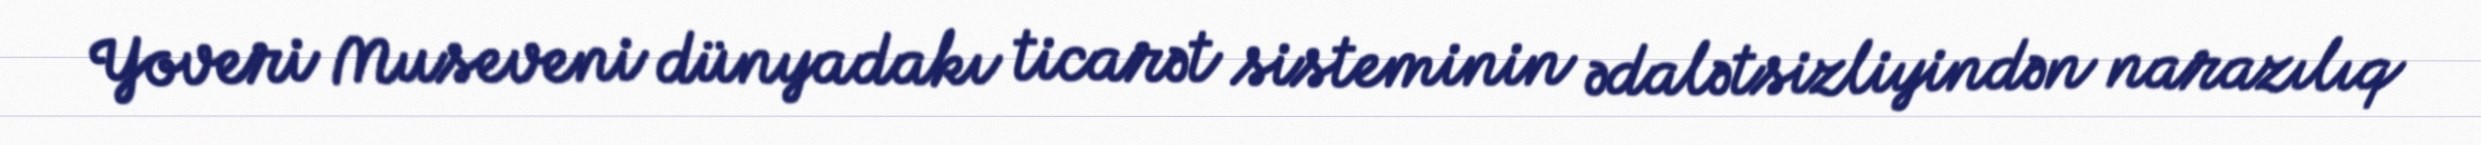
Yoveri Museveni dünyadakı ticarət sisteminin ədalətsizliyindən narazılıq